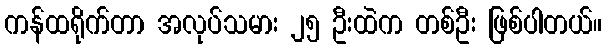
ကန်ထရိုက်တာ အလုပ်သမား ၂၅ ဦးထဲက တစ်ဦး ဖြစ်ပါတယ်။